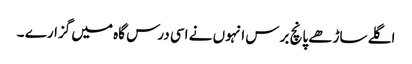
اگلے ساڑھے پانچ برس انہوں نے اسی درس گاہ میں گزارے ۔